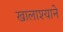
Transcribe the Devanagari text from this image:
खालाश्याने